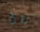
نزول